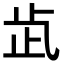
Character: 𣥓